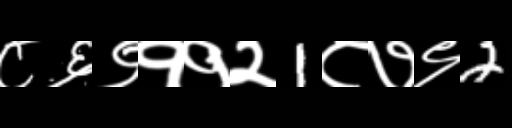
Text: ८६९११२1८७९2